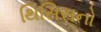
થિસિસનો